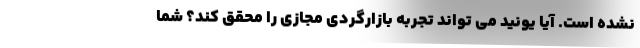
نشده است. آیا یونید می تواند تجربه بازارگردی مجازی را محقق کند؟ شما